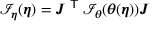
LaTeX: { \mathcal { I } } _ { \boldsymbol { \eta } } ( { \boldsymbol { \eta } } ) = { \boldsymbol { J } } ^ { \textsf { T } } { \mathcal { I } } _ { \boldsymbol { \theta } } ( { \boldsymbol { \theta } } ( { \boldsymbol { \eta } } ) ) { \boldsymbol { J } }